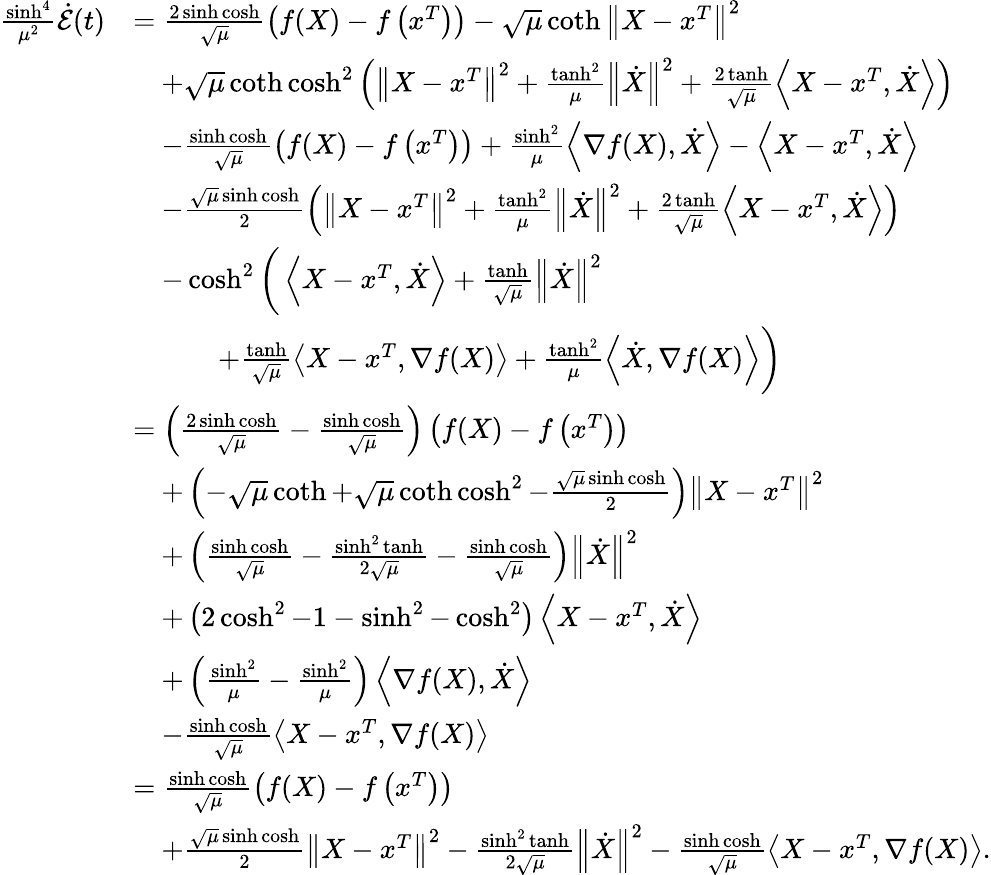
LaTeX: \begin{array}{rl}{\frac{\sinh^{4}}{\mu^{2}}\dot{\mathcal{E}}(t)}&{=\frac{2\sinh\cosh}{\sqrt{\mu}}\left(f(X)-f\left(x^{T}\right)\right)-\sqrt{\mu}\coth\left\Vert X-x^{T}\right\Vert^{2}}\\ &{\quad+\sqrt{\mu}\coth\cosh^{2}\left(\left\Vert X-x^{T}\right\Vert^{2}+\frac{\operatorname{tanh}^{2}}{\mu}\left\Vert\dot{X}\right\Vert^{2}+\frac{2\operatorname{tanh}}{\sqrt{\mu}}\left\langle X-x^{T},\dot{X}\right\rangle\right)}\\ &{\quad-\frac{\sinh\cosh}{\sqrt{\mu}}\left(f(X)-f\left(x^{T}\right)\right)+\frac{\sinh^{2}}{\mu}\left\langle\nabla f(X),\dot{X}\right\rangle-\left\langle X-x^{T},\dot{X}\right\rangle}\\ &{\quad-\frac{\sqrt{\mu}\sinh\cosh}{2}\left(\left\Vert X-x^{T}\right\Vert^{2}+\frac{\operatorname{tanh}^{2}}{\mu}\left\Vert\dot{X}\right\Vert^{2}+\frac{2\operatorname{tanh}}{\sqrt{\mu}}\left\langle X-x^{T},\dot{X}\right\rangle\right)}\\ &{\quad-\cosh^{2}\bigg(\left\langle X-x^{T},\dot{X}\right\rangle+\frac{\operatorname{tanh}}{\sqrt{\mu}}\left\Vert\dot{X}\right\Vert^{2}}\\ &{\qquad\quad+\frac{\operatorname{tanh}}{\sqrt{\mu}}\left\langle X-x^{T},\nabla f(X)\right\rangle+\frac{\operatorname{tanh}^{2}}{\mu}\left\langle\dot{X},\nabla f(X)\right\rangle\bigg)}\\ &{=\left(\frac{2\sinh\cosh}{\sqrt{\mu}}-\frac{\sinh\cosh}{\sqrt{\mu}}\right)\left(f(X)-f\left(x^{T}\right)\right)}\\ &{\quad+\left(-\sqrt{\mu}\coth+\sqrt{\mu}\coth\cosh^{2}-\frac{\sqrt{\mu}\sinh\cosh}{2}\right)\left\Vert X-x^{T}\right\Vert^{2}}\\ &{\quad+\left(\frac{\sinh\cosh}{\sqrt{\mu}}-\frac{\sinh^{2}\operatorname{tanh}}{2\sqrt{\mu}}-\frac{\sinh\cosh}{\sqrt{\mu}}\right)\left\Vert\dot{X}\right\Vert^{2}}\\ &{\quad+\left(2\cosh^{2}-1-\sinh^{2}-\cosh^{2}\right)\left\langle X-x^{T},\dot{X}\right\rangle}\\ &{\quad+\left(\frac{\sinh^{2}}{\mu}-\frac{\sinh^{2}}{\mu}\right)\left\langle\nabla f(X),\dot{X}\right\rangle}\\ &{\quad-\frac{\sinh\cosh}{\sqrt{\mu}}\left\langle X-x^{T},\nabla f(X)\right\rangle}\\ &{=\frac{\sinh\cosh}{\sqrt{\mu}}\left(f(X)-f\left(x^{T}\right)\right)}\\ &{\quad+\frac{\sqrt{\mu}\sinh\cosh}{2}\left\Vert X-x^{T}\right\Vert^{2}-\frac{\sinh^{2}\operatorname{tanh}}{2\sqrt{\mu}}\left\Vert\dot{X}\right\Vert^{2}-\frac{\sinh\cosh}{\sqrt{\mu}}\left\langle X-x^{T},\nabla f(X)\right\rangle.}\end{array}